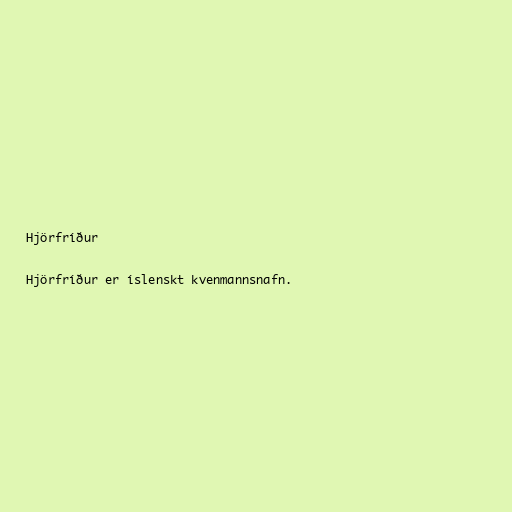
Hjörfríður

Hjörfríður er íslenskt kvenmannsnafn.